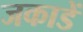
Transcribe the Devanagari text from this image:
जकाडें